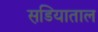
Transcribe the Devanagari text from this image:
सडि़याताल